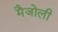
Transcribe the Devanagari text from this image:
मैजोली